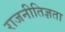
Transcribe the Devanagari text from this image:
राजनीतिज्ञता